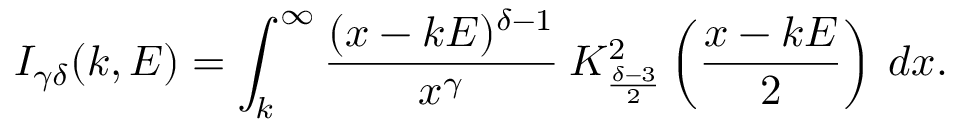
I _ { \gamma \delta } ( k , E ) = \int _ { k } ^ { \infty } \frac { ( x - k E ) ^ { \delta - 1 } } { x ^ { \gamma } } \: K _ { \frac { \delta - 3 } { 2 } } ^ { 2 } \left( \frac { x - k E } { 2 } \right) \: d x .